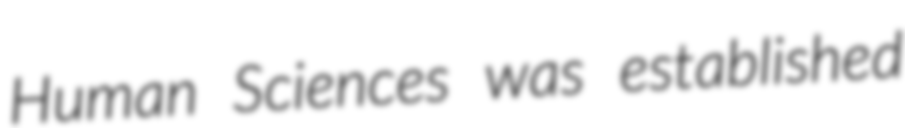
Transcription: Human Sciences was established